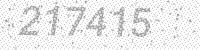
Solution: 217415